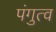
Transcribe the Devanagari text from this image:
पंगुत्व